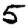
Digit: 5